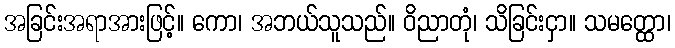
အခြင်းအရာအားဖြင့်။ ကော၊ အဘယ်သူသည်။ ဝိညာတုံ၊ သိခြင်းငှာ။ သမတ္ထော၊